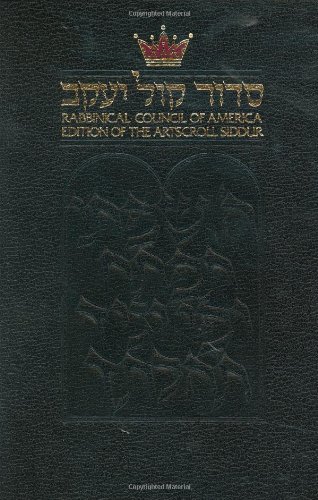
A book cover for The Rabbinical Council of America Edition of the Artscroll Siddur; Nosson Scherman; Religion & Spirituality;